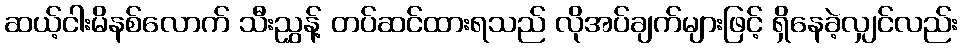
ဆယ့်ငါးမိနစ်လောက် သီးညွှန့် တပ်ဆင်ထားရသည် လိုအပ်ချက်များဖြင့် ရှိနေခဲ့လျှင်လည်း